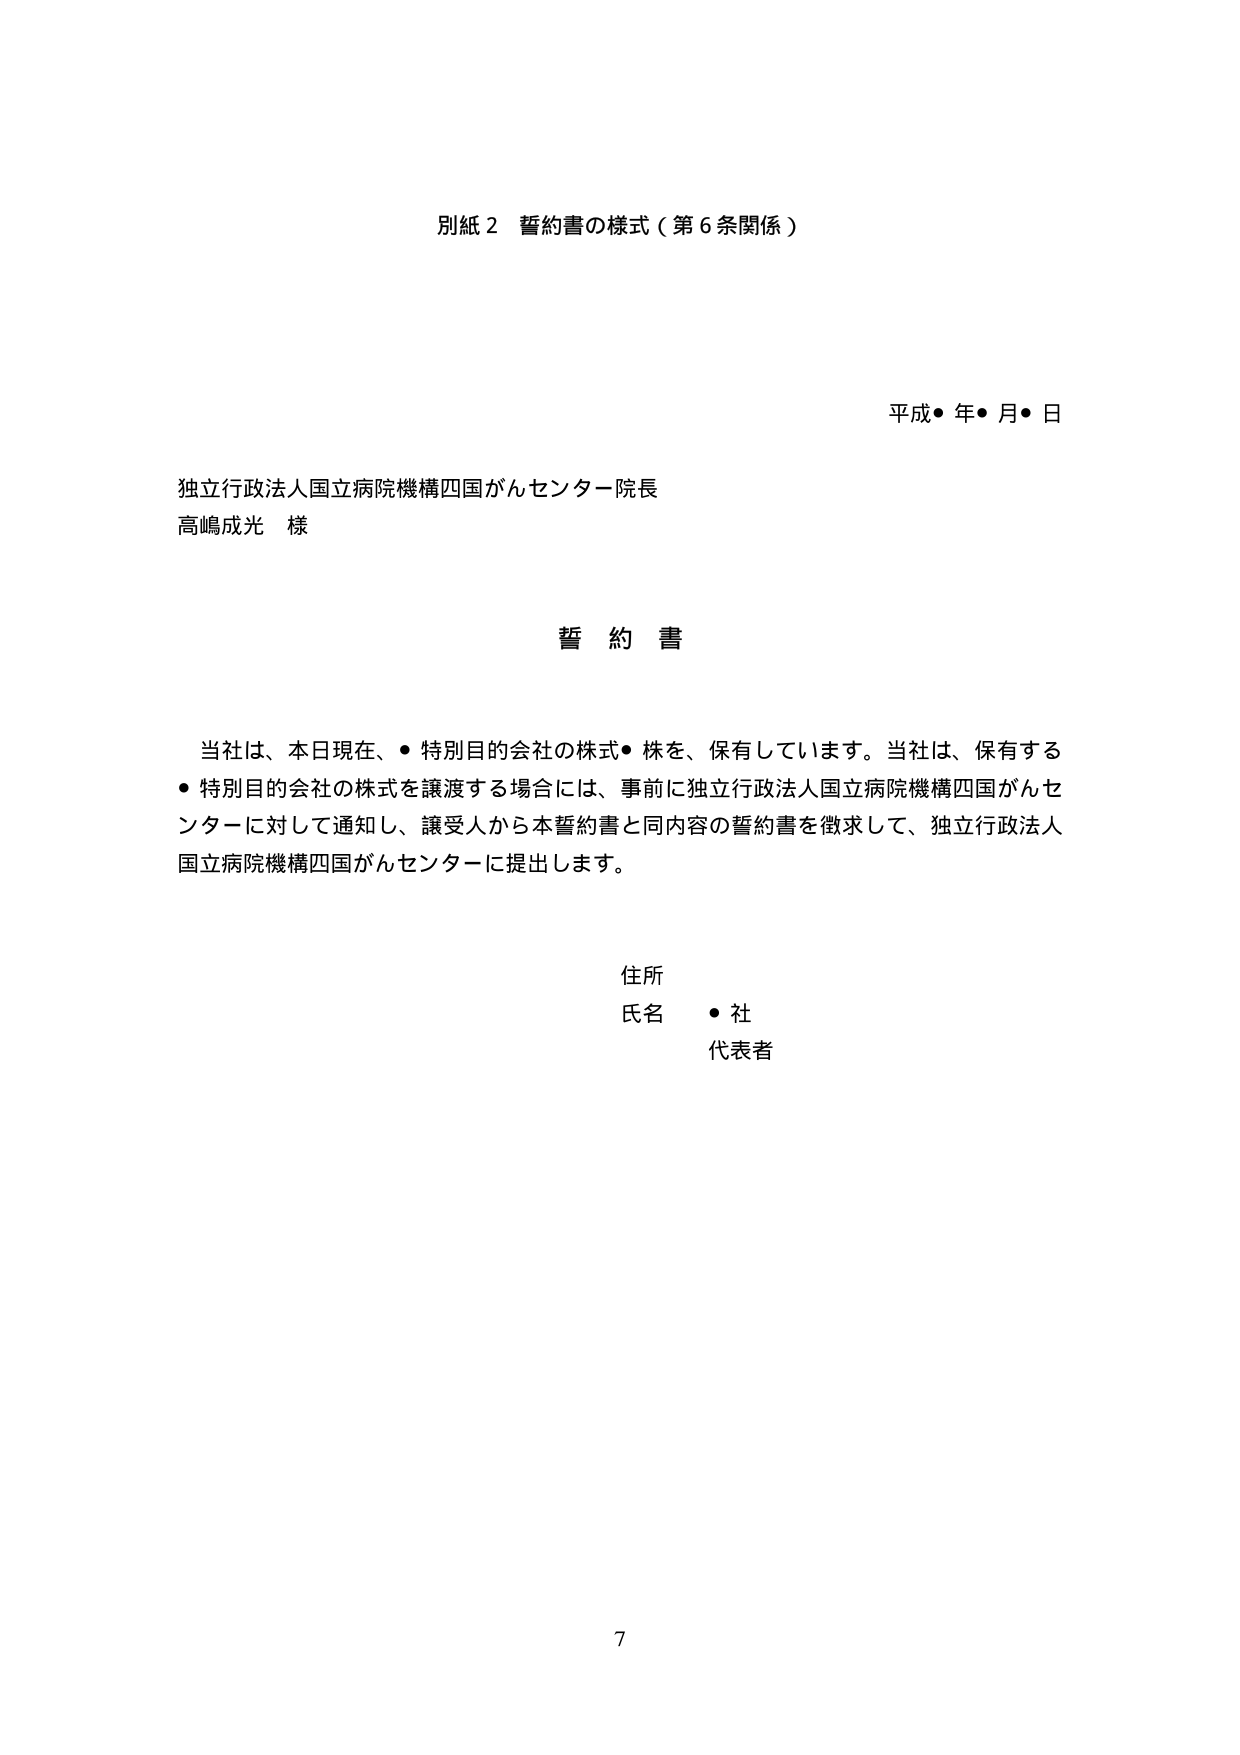
別紙２ 誓約書の様式（第６条関係）

平成●年●月●日

独立行政法人国立病院機構四国がんセンター院長
高嶋成光 様

誓約書

当社は、本日現在、●特別目的会社の株式●株を、保有しています。当社は、保有する
●特別目的会社の株式を譲渡する場合には、事前に独立行政法人国立病院機構四国がんセンターに対して通知し、譲受人から本誓約書と同内容の誓約書を徴求して、独立行政法人国立病院機構四国がんセンターに提出します。

住所
氏名 ●社
代表者

7